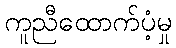
ကူညီထောက်ပံ့မှု